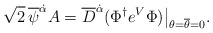
\begin{align*}\sqrt{2}\,\overline\psi^{\dot\alpha}A =\overline D^{\dot\alpha} (\Phi^\dagger e^V\Phi)\bigr|_{\theta=\overline\theta=0}.\end{align*}